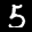
Label: 5